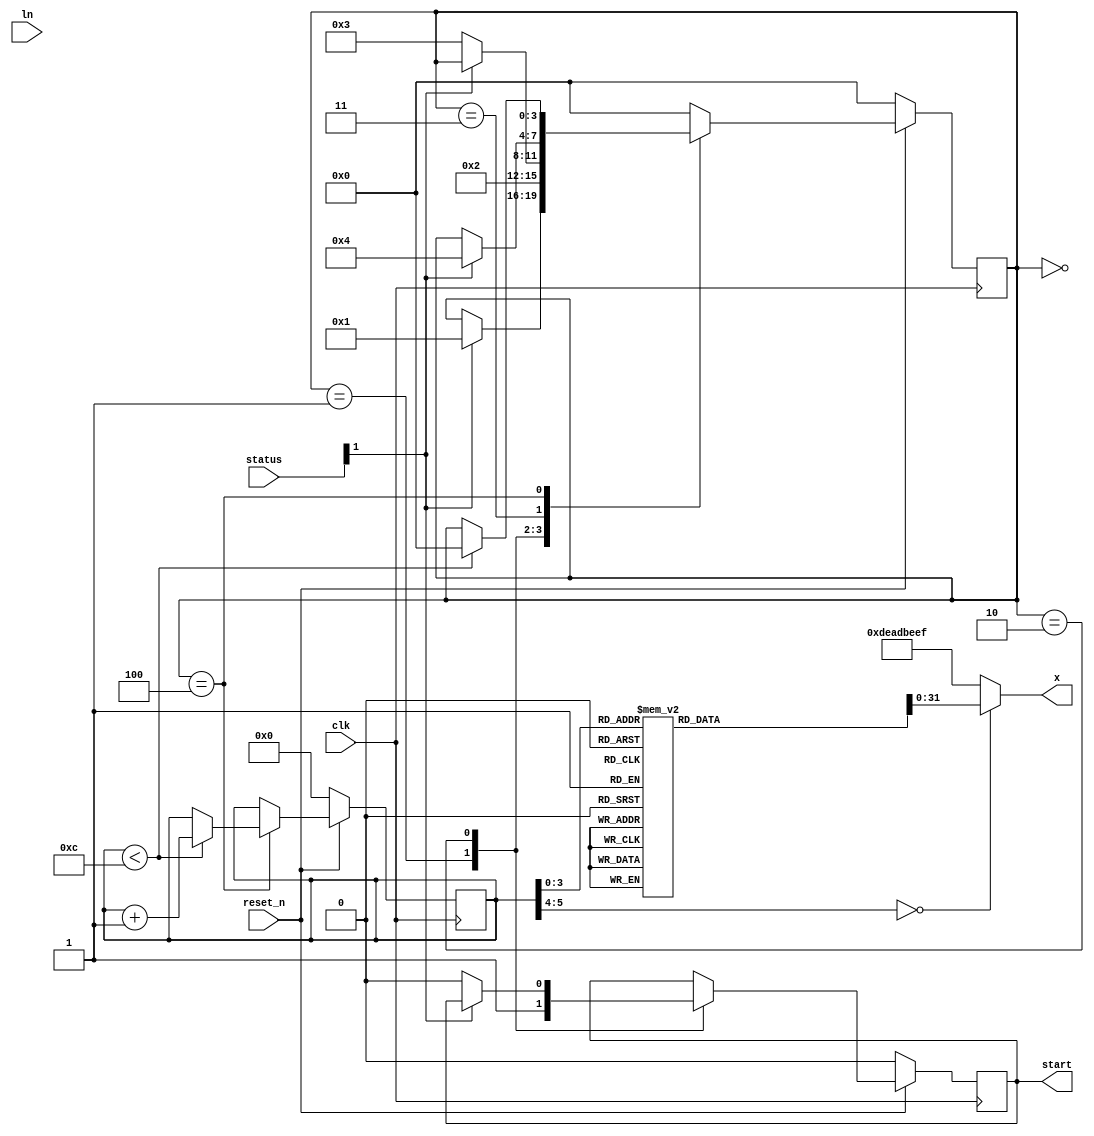
// Version     : 0.0
// Description : This model provides stimulus to the maclaurin_box model,
//               and records the results into memory.  The test values
//               are summarized in this spreadsheet: https://goo.gl/g10kFM 

// Define state bindings:
`define ST_IDLE   0
`define ST_START  1
`define ST_WAIT1  2
`define ST_WAIT2  3
`define ST_DONE   4

// Define the maximum number of states:
`define MAXTEST   12
module log_mon (  // These signals interface directly to the maclaurin_box
   input clk,
   input reset_n,
   output [31:0] x,
   input [31:0] ln,
   output reg start,
   input [1:0] status );

   reg [5:0] count;           // Determines which test currently active
   reg [31:0] stimuli;        // The actual stimulus pattern used
   reg [32:0] expected;       // The expected response from the given stim
   reg [32:0] results[0:31];  // The results produced by DUT
   reg [3:0] state;           // State vector for FSM
   reg [31:0] runtime;        // Cycle counter -- time taken to compute

   wire done;

   assign done = status[1];
   assign error = status[0];

   // This is a behavioral model of a ROM for the stimulus and expected
   // results:
   always@(count) begin
      case (count )
         5'd0: begin  // -1.2
            stimuli = 32'hbf99999a;
            expected = {1'b1, 32'hc060c5a8}; // {error, expected value}
         end
         5'd1: begin   // -1.0
            stimuli = 32'hbf800000;
            expected = {1'b0, 32'hc0122222};
         end
         5'd2: begin   // -0.8
            stimuli = 32'hbf4ccccd;
            expected = {1'b0, 32'hbfbab37e};
         end
         5'd3: begin   // -0.6
            stimuli = 32'hbf19999a;
            expected = {1'b0, 32'hbf666341};
         end
         5'd4: begin   // -0.4
            stimuli = 32'hbecccccd;
            expected = {1'b0, 32'hbf02c578};
         end
         5'd5: begin   // -0.2
            stimuli = 32'hbe4ccccd;
            expected = {1'b0, 32'hbf028108};
         end
         5'd6: begin   // 0.0
            stimuli = 32'h00000000;
            expected = {1'b0, 32'h00000000};
         end
         5'd7: begin   // 0.2
            stimuli = 32'h3e4ccccd;
            expected = {1'b0, 32'h3e3ab4e4};
         end
         5'd8: begin   // 0.4
            stimuli = 32'h3ecccccd;
            expected = {1'b0, 32'h3eac88d1};
         end
         5'd9: begin   // 0.6
            stimuli = 32'h3f19999a;
            expected = {1'b0, 32'h3ef3471f};
         end
         5'd10: begin   // 0.8
            stimuli = 32'h3f4ccccd;
            expected = {1'b0, 32'h3f1d222c};
         end
         5'd11: begin   // 1.0
            stimuli = 32'h3f800000;
            expected = {1'b0, 32'h3f488889};
         end
         5'd12: begin   // 1.2
            stimuli = 32'h3f99999a;
            expected = {1'b1, 32'h3f848388};
         end
         default: begin
            $display("Count=%d", count);
            stimuli = 32'hdeadbeef;
            expected = {1'b1, 32'hbabecafe};
         end
      endcase
   end

   // This is the FSM that controls the test:
   always@(posedge clk) begin
      if (reset_n == 0) begin
         start <= 0;
         count <= 0;
         state <= `ST_IDLE;
         runtime <= 32'd0;
      end
      else begin
         case(state) 
            // Default initial state
            `ST_IDLE: begin
                   if (done == 1'b1) state <= `ST_START;
               end
            // This state produces a start pulse for the DUT
            `ST_START: begin
                   start <= 1'b1;
                   state <= `ST_WAIT1;
               end
            // Waiting for the results, part 1
            `ST_WAIT1: begin
                  if (done == 0) begin
                     state <= `ST_WAIT2;
                     start <= 1'b0;
                     runtime <= runtime + 32'd1;
                  end
               end
            // Waiting for the results, part 2, capture the answer
            `ST_WAIT2: begin
                  if (done == 1) begin 
                     results[count] <= {error, ln};
                     state <= `ST_DONE;
                     // The following statement will obviously not synthesize:
                     $display("Test %d: Input value = 0x%x, received 0x%x error=%b, expected [0x%x - %b]",
                        count + 1, stimuli, ln, error, expected[31:0], expected[32]);
                  end
                  runtime <= runtime + 32'd1;
               end
            // Finalize things, and prepare to do it again if needed
            `ST_DONE: begin
                  if (count < `MAXTEST) begin
                     state <= `ST_IDLE;
                     count <= count + 6'b1;
                  end
                  else begin
                     results[15] <= runtime;
                     $display("Execution complete: runtime (cycles) = %d", runtime);
                  end
               end
            default:
               state <= `ST_IDLE;
         endcase
      end
   end

   assign x = stimuli;
endmodule